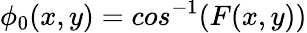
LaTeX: {\phi}_{0}(x,y)=cos^{-1}(F(x,y))